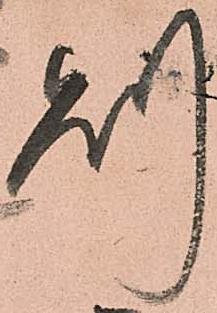
則